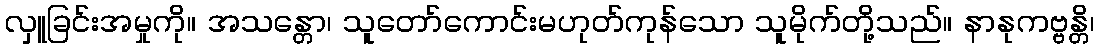
လှူခြင်းအမှုကို။ အသန္တော၊ သူတော်ကောင်းမဟုတ်ကုန်သော သူမိုက်တို့သည်။ နာနုကဗ္ဗန္တိ၊